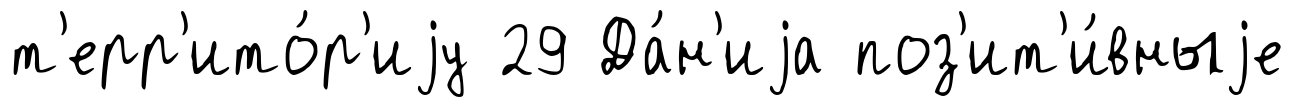
т'ерр'ито́р'иjу 29 Да́н'иjа поз'ит'и́вныjе